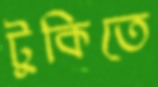
টুকিতে